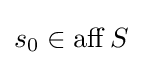
s_{0}\in \operatorname {aff} S